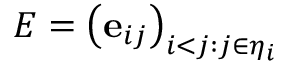
E = \left( \mathbf { e } _ { i j } \right) _ { i < j : j \in \eta _ { i } }